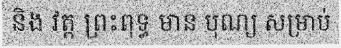
និង វត្ត ព្រះពុទ្ធ មាន បុណ្យ សម្រាប់